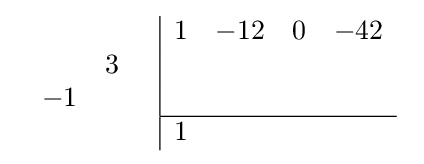
{\begin{array}{cc}{\begin{array}{rr}\\&3\\-1&\\\\\end{array}}&{\begin{array}{|rrrr}1&-12&0&-42\\&&&\\&&&\\\hline 1&&&\\\end{array}}\end{array}}